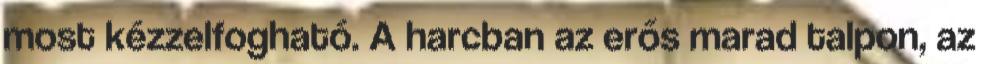
most kézzelfogható. A harcban az erős marad talpon, az